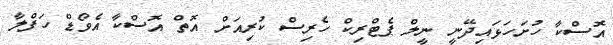
އޮސްކާ ހުށަހަޅައިދޭނީ ނީލް ޕެޓްރިކް ހެރިސް ކުރިއަށް އޮތް އޮސްކާ އެވޯޑް ހަފްލާ